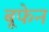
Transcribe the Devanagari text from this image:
बूफेन